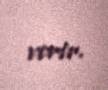
verir.